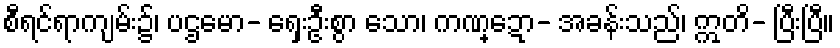
စီရင်ရာကျမ်း၌၊ ပဌမော- ရှေးဦးစွာ သော၊ ကဏ္ဍော- အခန်းသည်၊ ဣတိ- ပြီးပြီ။